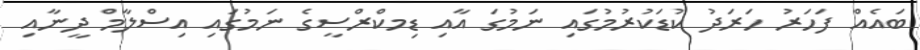
ބައެއް ފަހަރު ހަރަދު ކުޑަކުރުމުގައި ނަމުގަ އާއި ޑިމކްރްސީގެ ނަމުގައި އިސްލާމް ދީނާއި